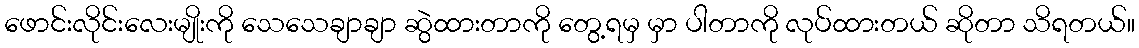
ဖောင်းလိုင်းလေးမျိုးကို သေသေချာချာ ဆွဲထားတာကို တွေ့ရမှ မှာ ပါတာကို လုပ်ထားတယ် ဆိုတာ သိရတယ်။